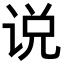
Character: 说